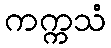
ကက္ကသံ